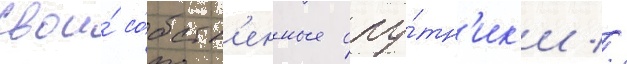
свои́ со́бств'енные спу́тн'ик'и //